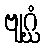
ဗျဂ္ဃံ